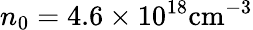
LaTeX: n_{0}=4.6\times 10^{18}\mathrm{{cm^{-3}}}